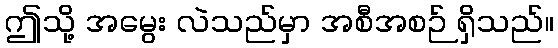
ဤသို့ အမွေး လဲသည်မှာ အစီအစဉ် ရှိသည်။